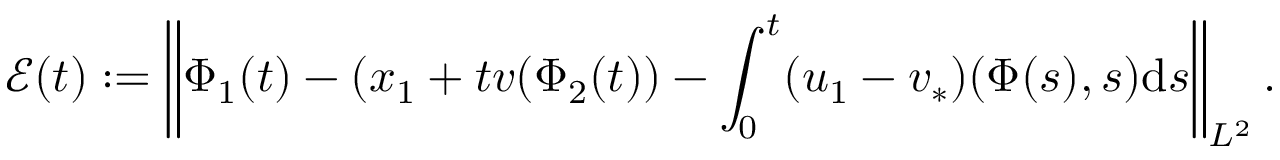
\mathcal { E } ( t ) : = \left\| { \Phi } _ { 1 } ( t ) - ( x _ { 1 } + t v ( \Phi _ { 2 } ( t ) ) - \int _ { 0 } ^ { t } ( u _ { 1 } - v _ { * } ) ( \Phi ( s ) , s ) \mathrm { d } s \right\| _ { L ^ { 2 } } .